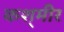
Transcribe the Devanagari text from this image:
कश्‌मीर